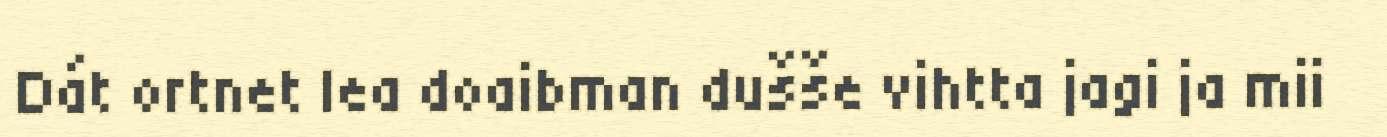
Dát ortnet lea doaibman dušše vihtta jagi ja mii